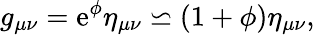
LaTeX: g_{\mu\nu}=\mathrm{e}^{\phi}\eta_{\mu\nu}\backsimeq(1+\phi)\eta_{\mu\nu},